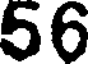
56